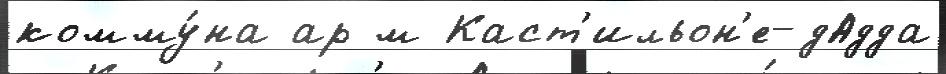
комму́на ар м Каст'ильон'е-дАдда